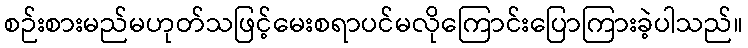
စဉ်းစားမည်မဟုတ်သဖြင့်မေးစရာပင်မလိုကြောင်းပြောကြားခဲ့ပါသည်။